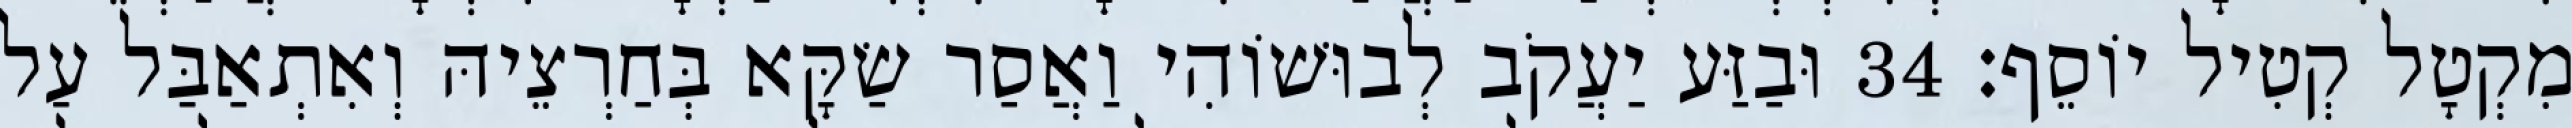
מִקְטָל קְטִיל יוֹסֵף׃ 34 וּבַזַּע יַעֲקֹב לְבוּשׁוֹהִי וַאֲסַר שַׂקָּא בְּחַרְצֵיהּ וְאִתְאַבַּל עַל